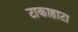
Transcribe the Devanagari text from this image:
टाकाहाटा